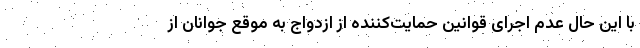
با این حال عدم اجرای قوانین حمایت‌کننده از ازدواج به موقع جوانان از